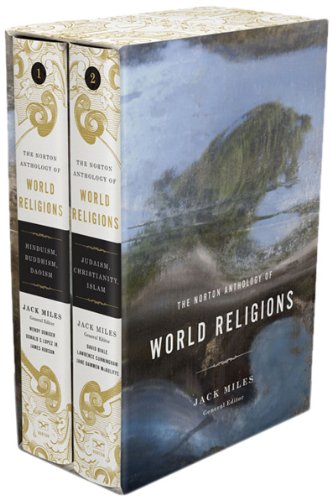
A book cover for The Norton Anthology of World Religions: Volume 1: Hinduism, Buddhism, Daoism; Volume 2: Judaism, Christianity, Islam; Religion & Spirituality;